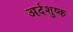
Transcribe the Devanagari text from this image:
अर्दशुष्क